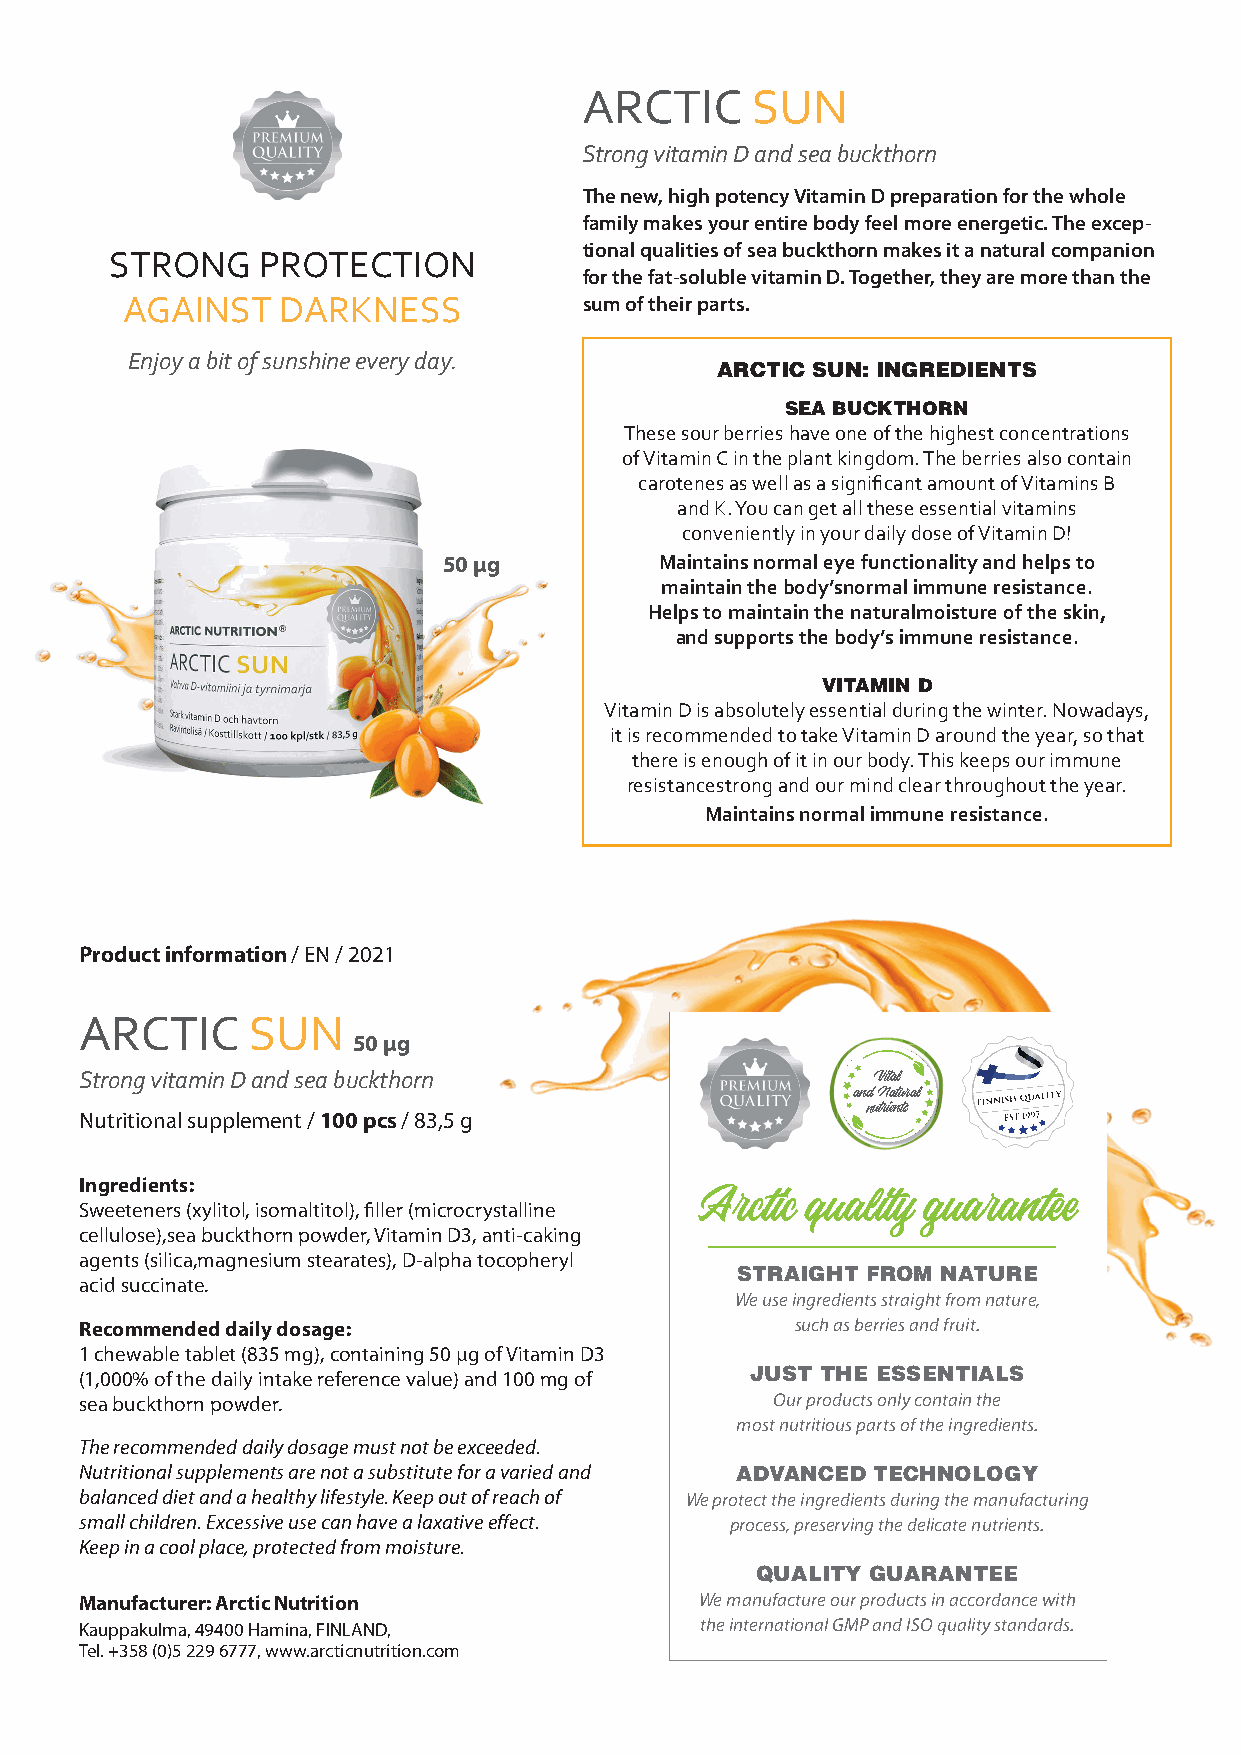
ARCTIC     SUN
 Strong vitamin D and sea buckthorn
 The new, high potency Vitamin D preparation for the whole
 family makes your entire body feel more energetic. The excep-
 tional qualities of sea buckthorn makes it a natural companion
 STRONG    PROTECTION
 16    for the fat-soluble vitamin D. Together, they are more than the
 AGAINST    DARKNESS            sum of their parts.
 Enjoy a bit of sunshine every day.     ARCTIC SUN: INGREDIENTS
 SEA BUCKTHORN
 These sour berries have one of the highest concentrations
 of Vitamin C in the plant kingdom. The berries also contain
 carotenes as well as a significant amount of Vitamins B
 and K. You can get all these essential vitamins
 conveniently in your daily dose of Vitamin D!
 50 µg          Maintains normal eye functionality and helps to
 maintain the body’snormal immune resistance.
 Helps to maintain the naturalmoisture of the skin,
 and supports the body’s immune resistance.
 VITAMIN D
 Vitamin D is absolutely essential during the winter. Nowadays,
 it is recommended to take Vitamin D around the year, so that
 there is enough of it in our body. This keeps our immune
 resistancestrong and our mind clear throughout the year.
 Maintains normal immune resistance.
 Product information / EN / 2021
 ARCTIC     SUN
 50 µg
 Strong vitamin D and sea buckthorn                   Vital
 andNatural
 Nutritional supplement / 100 pcs / 83,5 g           nutrients
 Ingredients:
 Arctic quality guarantee
 Sweeteners (xylitol, isomaltitol), filler (microcrystalline
 cellulose),sea buckthorn powder, Vitamin D3, anti-caking
 agents (silica,magnesium stearates), D-alpha tocopheryl
 STRAIGHT FROM NATURE
 acid succinate.
 We use ingredients straight from nature,
 Recommended daily dosage:                       such as berries and fruit.
 1 chewable tablet (835 mg), containing 50 μg of Vitamin D3
 JUST THE ESSENTIALS
 (1,000% of the daily intake reference value) and 100 mg of
 sea buckthorn powder.                         Our products only contain the
 most nutritious parts of the ingredients.
 The recommended daily dosage must not be exceeded.
 Nutritional supplements are not a substitute for a varied and ADVANCED TECHNOLOGY
 balanced diet and a healthy lifestyle. Keep out of reach of We protect the ingredients during the manufacturing
 small children. Excessive use can have a laxative effect. process, preserving the delicate nutrients.
 Keep in a cool place, protected from moisture.
 QUALITY GUARANTEE
 Manufacturer: Arctic Nutrition           We manufacture our products in accordance with
 Kauppakulma, 49400 Hamina, FINLAND,      the international GMP and ISO quality standards.
 Tel. +358 (0)5 229 6777, www.arcticnutrition.com